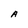
Character: A